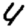
Digit: 4